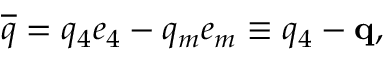
\overline { { { q } } } = q _ { 4 } e _ { 4 } - q _ { m } e _ { m } \equiv q _ { 4 } - \mathbf { q } ,